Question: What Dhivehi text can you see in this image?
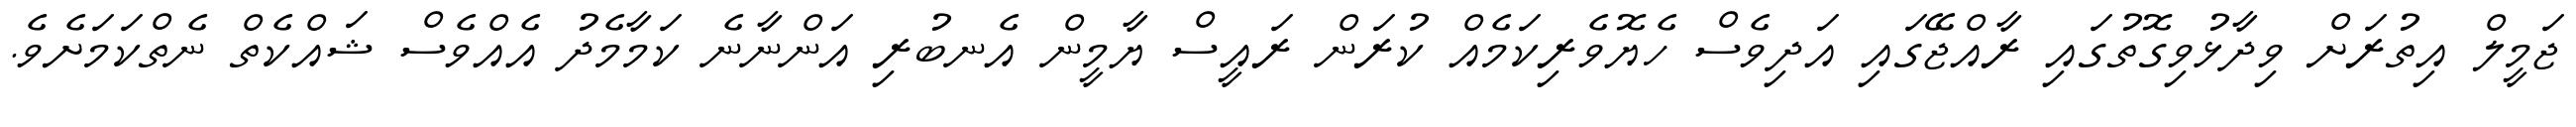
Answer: ޖަމީލް އިތުރަށް ވިދާޅުވިގޮތުގައި ރާއްޖޭގައި އަދިވެސް ހެޔޮވެރިކަމެއް ކުރަން ރައީސް ޔާމީން އެނބުރި އަންނާނެ ކަމާމެދު އެއްވެސް ޝައްކެތް ނެތްކަމަށެވެ.